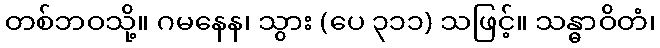
တစ်ဘဝသို့။ ဂမနေန၊ သွား (ပေ ၃၁၁) သဖြင့်။ သန္ဓာဝိတံ၊